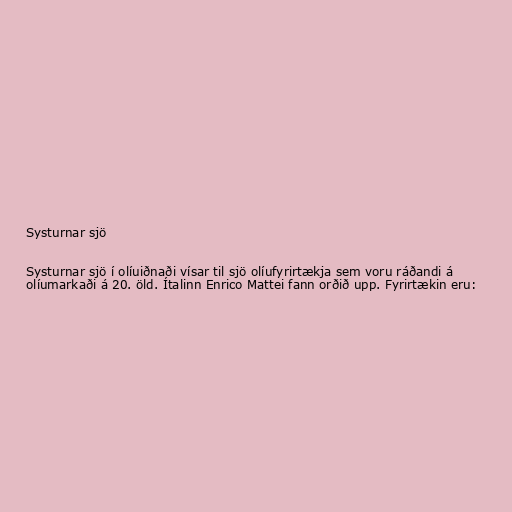
Systurnar sjö

Systurnar sjö í olíuiðnaði vísar til sjö olíufyrirtækja sem voru ráðandi á
olíumarkaði á 20. öld. Ítalinn Enrico Mattei fann orðið upp. Fyrirtækin eru: